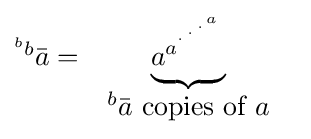
{\begin{matrix}^{^{b}{b}}{\bar {a}}=&\underbrace {a_{}^{a^{{}^{.\,^{.\,^{.\,^{a}}}}}}} &\\&{{^{b}}{\bar {a}}}{\mbox{ copies of }}a\end{matrix}}